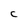
Character: C